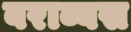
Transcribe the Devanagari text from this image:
बराब्बस